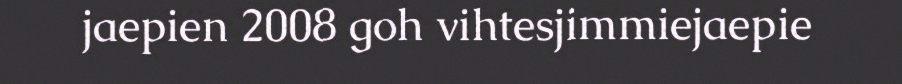
jaepien 2008 goh vihtesjimmiejaepie